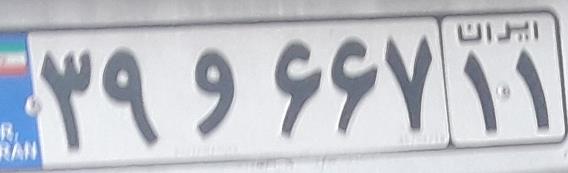
۳۹و۶۶۷۱۱